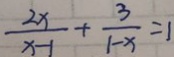
\frac { 2 x } { x - 1 } + \frac { 3 } { 1 - x } = 1